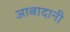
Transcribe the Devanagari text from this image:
आबादानी